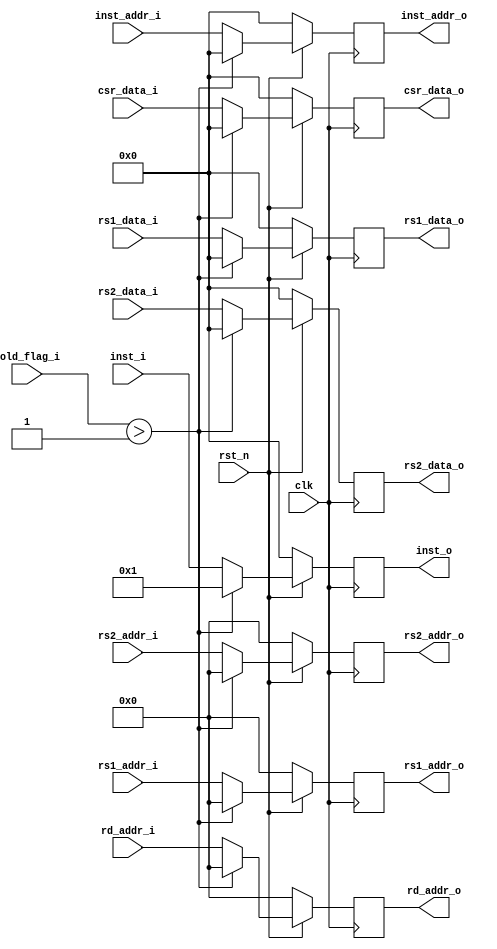
module id_ex (
    input              clk           ,
    input              rst_n         ,

    input      [31:0]  inst_addr_i   ,
    input      [31:0]  inst_i        ,

    input      [ 2:0]  hold_flag_i   ,

    input      [ 4:0]  rd_addr_i     ,
    input      [ 4:0]  rs1_addr_i    ,
    input      [31:0]  rs1_data_i    ,

    input      [ 4:0]  rs2_addr_i    ,
    input      [31:0]  rs2_data_i    ,
    input      [31:0]  csr_data_i    ,

    output reg [31:0]  inst_addr_o   ,
    output reg [31:0]  inst_o        ,

    output reg [ 4:0]  rd_addr_o     ,

    output reg [ 4:0]  rs1_addr_o    ,
    output reg [31:0]  rs1_data_o    ,

    output reg [ 4:0]  rs2_addr_o    ,
    output reg [31:0]  rs2_data_o    ,
    output reg [31:0]  csr_data_o
);

always @(posedge clk) begin
    if(!rst_n) begin
        inst_addr_o <= 32'd0;
        inst_o      <= 32'd0;
        rd_addr_o   <=  5'd0;
        rs1_addr_o  <=  5'd0;
        rs1_data_o  <= 32'd0;
        rs2_addr_o  <=  5'd0;
        rs2_data_o  <= 32'd0;
        csr_data_o  <= 32'd0;
    end
    else if(hold_flag_i > 3'd1) begin
        inst_addr_o <= 32'd0;
        inst_o      <= 32'd1;
        rd_addr_o   <=  5'd0;
        rs1_addr_o  <=  5'd0;
        rs1_data_o  <= 32'd0;
        rs2_addr_o  <=  5'd0;
        rs2_data_o  <= 32'd0;
        csr_data_o  <= 32'd0;
    end
    else begin
        inst_addr_o <= inst_addr_i;
        inst_o      <= inst_i     ;
        rd_addr_o   <= rd_addr_i  ;
        rs1_addr_o  <= rs1_addr_i ;
        rs1_data_o  <= rs1_data_i ;
        rs2_addr_o  <= rs2_addr_i ;
        rs2_data_o  <= rs2_data_i ;
        csr_data_o  <= csr_data_i ;
    end
end


endmodule